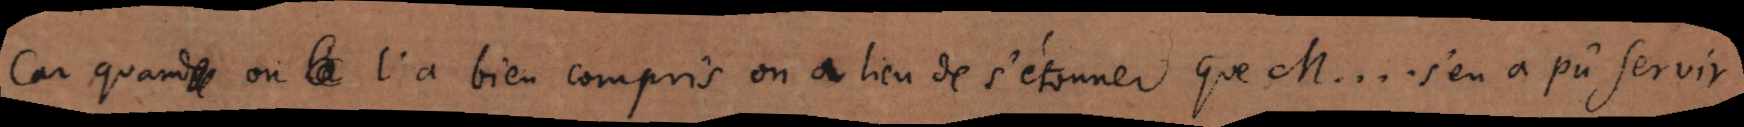
Car quand on l’a bien compris on a lieu de s’étonner que M.... s’en a pû servir